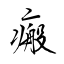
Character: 瘢